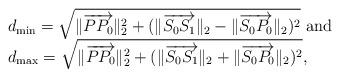
LaTeX: \begin{align*}\begin{array}{l}d_{\min}=\sqrt{\|\overrightarrow{P P_0}\|_2^2 + (\|\overrightarrow{S_0 S_1}\|_2 - \|\overrightarrow{S_0 P_0}\|_2)^2}\mbox{ and }\\d_{\max}=\sqrt{\|\overrightarrow{P P_0}\|_2^2 + (\|\overrightarrow{S_0 S_1}\|_2 + \|\overrightarrow{S_0 P_0}\|_2 )^2},\end{array}\end{align*}